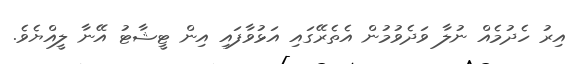
އިރު ހެދުމެއް ނުލާ ވަދެވުމުން އެތެރޭގައި އަޅުވާފައި އިން ޓީޝާޓު އޭނާ ލީއްޔެވެ.